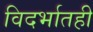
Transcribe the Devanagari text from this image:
विदर्भातही